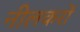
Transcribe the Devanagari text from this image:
नीलकरों